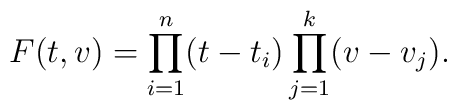
F(t,v)=\prod_{i=1}^n(t-t_i)\prod_{j=1}^k(v-v_j).